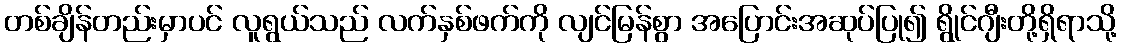
တစ်ချိန်တည်းမှာပင် လူရွယ်သည် လက်နှစ်ဖက်ကို လျင်မြန်စွာ အပြောင်းအဆုပ်ပြု၍ ရွိုင်ဂျီးတို့ရှိရာသို့